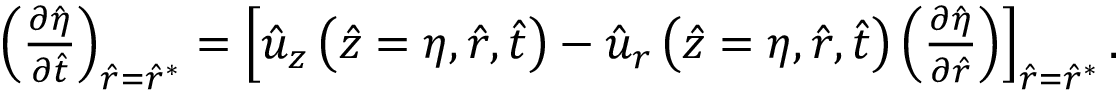
\begin{array} { r } { \left( \frac { \partial \hat { \eta } } { \partial \hat { t } } \right) _ { \hat { r } = \hat { r } ^ { * } } = \left[ \hat { u } _ { z } \left( \hat { z } = \eta , \hat { r } , \hat { t } \right) - \hat { u } _ { r } \left( \hat { z } = \eta , \hat { r } , \hat { t } \right) \left( \frac { \partial \hat { \eta } } { \partial \hat { r } } \right) \right] _ { \hat { r } = \hat { r } ^ { * } } . } \end{array}